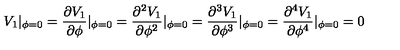
V _ { 1 } | _ { \phi = 0 } = \frac { \partial V _ { 1 } } { \partial \phi } | _ { \phi = 0 } = \frac { \partial ^ { 2 } V _ { 1 } } { \partial \phi ^ { 2 } } | _ { \phi = 0 } = \frac { \partial ^ { 3 } V _ { 1 } } { \partial \phi ^ { 3 } } | _ { \phi = 0 } = \frac { \partial ^ { 4 } V _ { 1 } } { \partial \phi ^ { 4 } } | _ { \phi = 0 } = 0